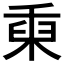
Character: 𥟅